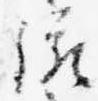
統